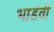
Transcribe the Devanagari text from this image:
भाडंवी